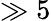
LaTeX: \gg 5